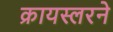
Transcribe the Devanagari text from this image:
क्रायस्लरने